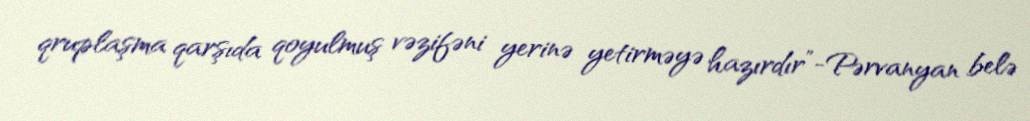
qruplaşma qarşıda qoyulmuş vəzifəni yerinə yetirməyə hazırdır”-Pərvanyan belə